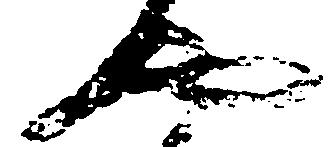
や